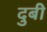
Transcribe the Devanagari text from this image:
दुबी